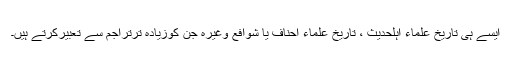
ایسے ہی تاریخِ علماءِ اہلحدیث ، تاریخِ علماءِ احناف یا شوافع وغیرہ جن کوزیادہ ترتراجم سے تعبیرکرتے ہیں۔